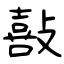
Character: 敼